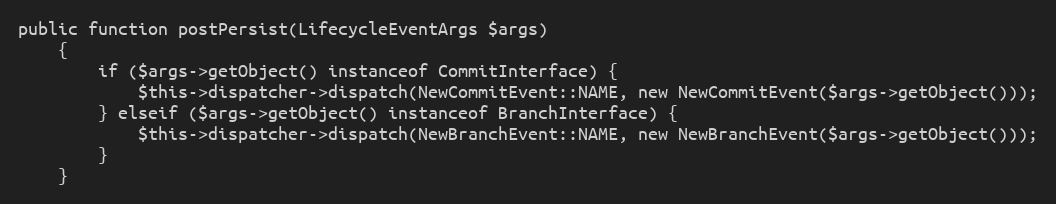
Language: PHP
public function postPersist(LifecycleEventArgs $args)
    {
        if ($args->getObject() instanceof CommitInterface) {
            $this->dispatcher->dispatch(NewCommitEvent::NAME, new NewCommitEvent($args->getObject()));
        } elseif ($args->getObject() instanceof BranchInterface) {
            $this->dispatcher->dispatch(NewBranchEvent::NAME, new NewBranchEvent($args->getObject()));
        }
    }